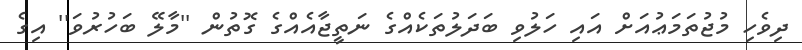
ދިވެހި މުޖުތަމަޢުއަށް އައި ހަލުވި ބަދަލުތަކެއްގެ ނަތީޖާއެއްގެ ގޮތުން ''މާލޭ ބަހުރުވަ'' އިގެ